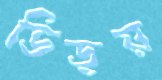
ভিড়য়